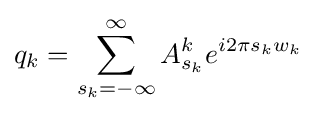
q_{k}=\sum _{s_{k}=-\infty }^{\infty }A_{s_{k}}^{k}e^{i2\pi s_{k}w_{k}}